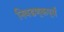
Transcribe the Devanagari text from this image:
निवडणूकपूर्व